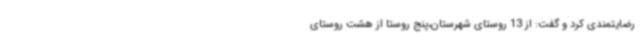
رضایتمندی کرد و گفت: از 13 روستای شهرستان،پنج روستا از هشت روستای